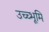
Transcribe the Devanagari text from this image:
उच्च्भूमि